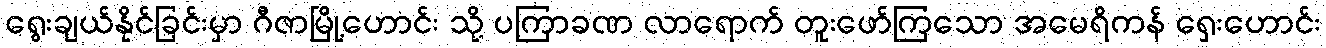
ရွေးချယ်နိုင်ခြင်းမှာ ဂီဇာမြို့ဟောင်း သို့ ပကြာခဏ လာရောက် တူးဖော်ကြသော အမေရိကန် ရှေးဟောင်း